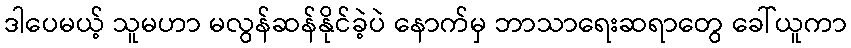
ဒါပေမယ့် သူမဟာ မလွန်ဆန်နိုင်ခဲ့ပဲ နောက်မှ ဘာသာရေးဆရာတွေ ခေါ်ယူကာ